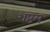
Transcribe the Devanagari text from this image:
शष्टम